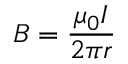
B = { \frac { \mu _ { 0 } I } { 2 \pi r } }